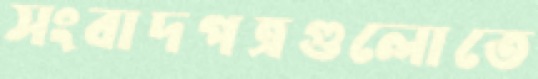
সংবাদপত্রগুলোতে